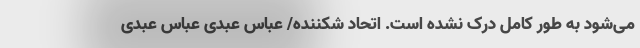
می‌شود به طور کامل درک نشده است. اتحاد شکننده/ عباس عبدی عباس عبدی